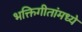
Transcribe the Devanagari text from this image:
भक्तिगीतांमध्ये